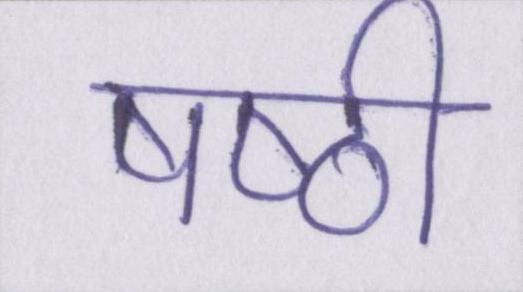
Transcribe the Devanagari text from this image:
षष्ठी